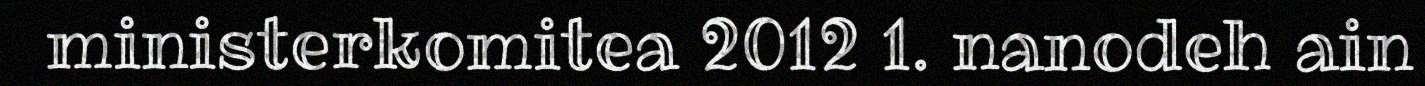
ministerkomitea 2012 1. nanodeh ain